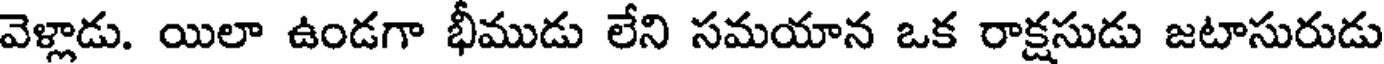
వెళ్లాడు. యిలా ఉండగా భీముడు లేని సమయాన ఒక రాక్షసుడు జటాసురుడు